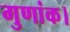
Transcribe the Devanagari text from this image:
गुणांक।